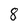
Character: 8